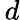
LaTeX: \, d